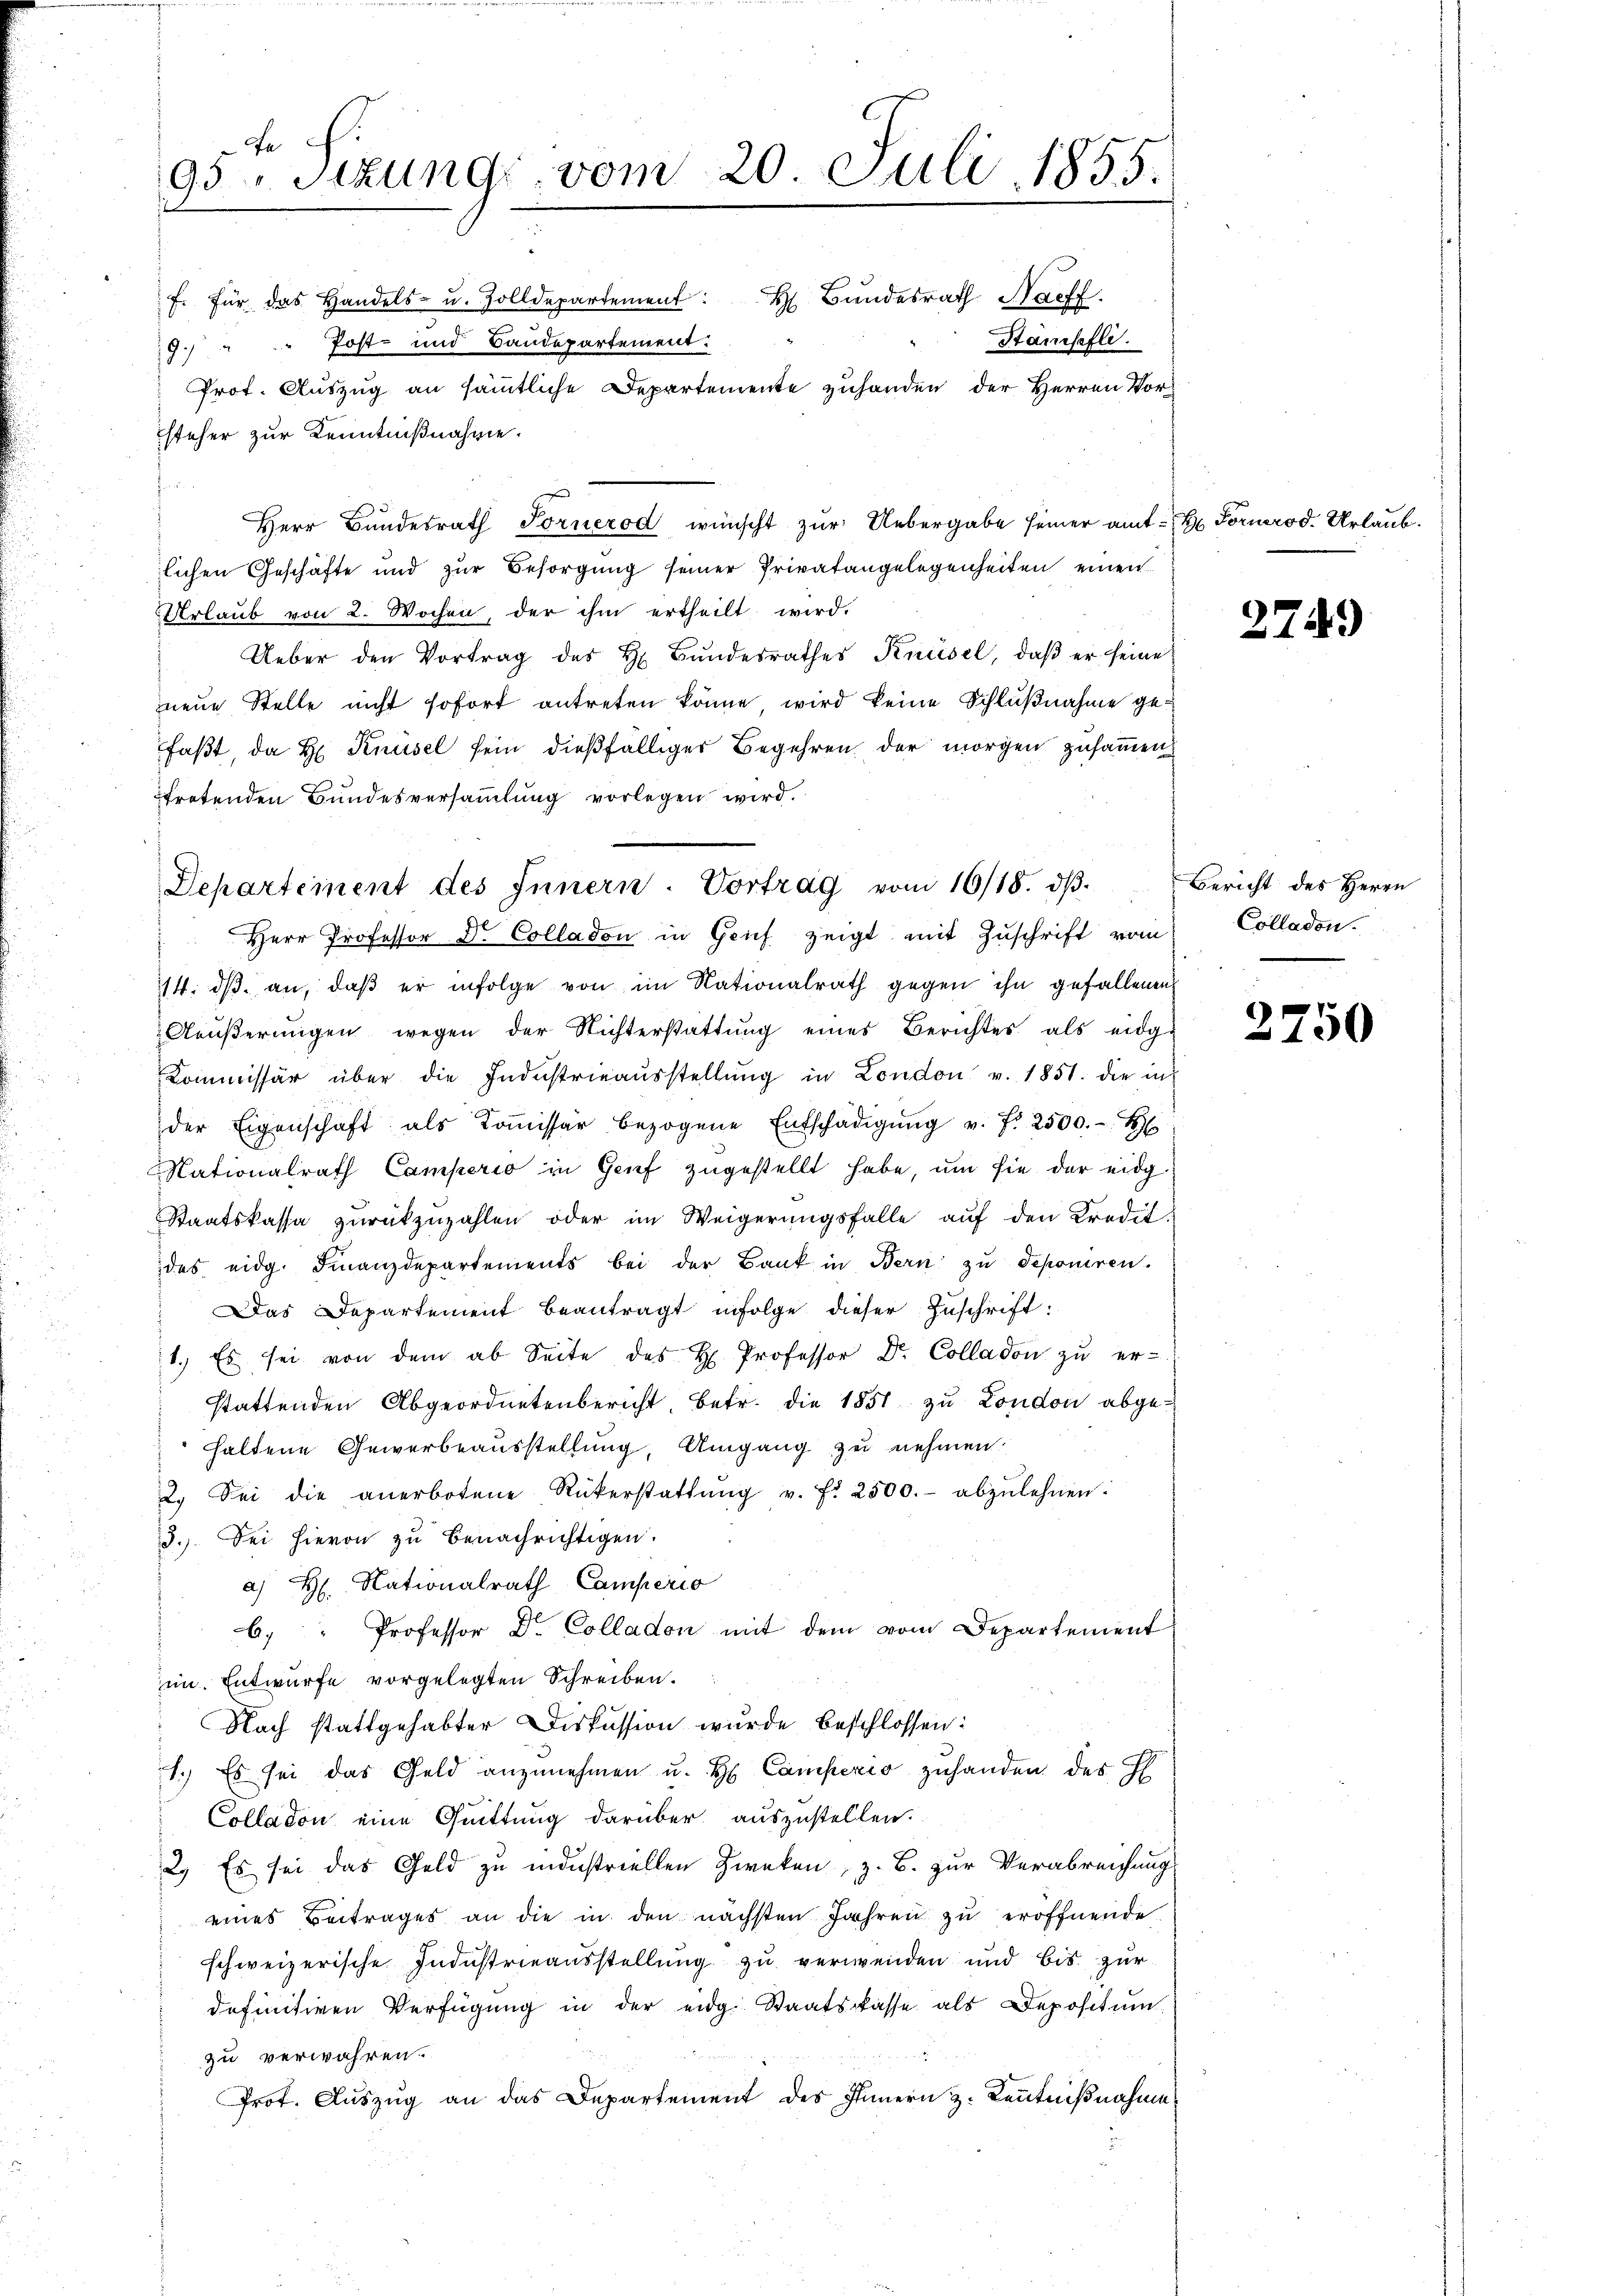
Fa
95 Sizung vom 20. Juli 1855.

f. für das Handels- u. Zolldepartement: H Bŭndesrath Naeff.
Hansefli
9.) " " Post- und Baudepartement.
Prot. Auszug an sämmtliche Departemente zuhanden der Herren Vorsteher zur Kenntnißnahme.
r
Herr Bundesrath Fornerod wünscht zur Uebergabe seiner amt Fornerod. Urlaub.
lichen Geschäfte und zŭr Besorgung seiner Privatangelegenheiten einen
Urlaŭb von 2. Wochen, der ihm ertheilt wird.
Ueber den Vortrag des H. Bŭndesrathes Knüsel, daβ er seine
neue Stelle nicht sofort antreten könne, wird keine Schlußnahme gefaßt, da H Knüsel sein dießfälliger Begehren der morgen zusammen.
tretenden Bundesversammlung vorlegen wird.
Herr Professor Dr. Colladon in Geif zeigt mit Zuschrift vom
14. dβ an, daß er infolge von im Nationalrath gegen ihn gefallenen
Aeŭβerŭngen wegen der Nichterstattŭng eines Berichtes als eidge
Kommissär über die Industrieaŭsstellŭng in London v. 1851. die in
der Eigenschaft als Koṁissär bezogene Entschädigŭng v. fr. 2500. H
Nationalrath Camperio in Genf zugestellt habe, um sie der eidg
Staatskassa zŭrückzuzahlen oder im Weigerŭngsfalle aŭf den Kredit.
das eidg. Finanzdepartements bei der Bank in Bern zŭ deponiren.
Das Departement beantragt infolge dieser Zuschrift:
1.) Es sei von dem ab Seite des H. Professor Dr. Colladon zŭ er-
stattenden Abgeordnetenbericht betr. die 1851 zu London abgehaltene Gewerbeausstellung, Umgang zu nehmen.
2. Sei die anerbotene Rükerstattŭng v. fr. 2500.- abzulehnen:
3.) Sei hievon zu benachrichtigen.
a) H Nationalrath Camperio
6. " Professor Dr. Colladon mit dem vom Departement
im. Entwurfe vorgelegten Schreiben.
Nach stattgehabter Diskussion wurde beschlossen:
1.) Es sei das Geld anzunehmen u. H. Camperio zuhanden des H
Colladon eine Quittung darüber auszustellen.
2. Es sei das Geld zu industriellen Zweken, z. B. zur Verabreichung
eines Beitrages an die in den nächsten Jahren zu eröffnende
schweizerische Industrieausstellung zu verwenden und bis zur
definitiven Verfügung in der eidg. Staatskasse als Depositum
zu verwahren.
Prot. Auszug an das Departement des Innern z. Kenntnißnahme

Departement des Innern. Vortrag vom 16/18. dβ.

2749

Bericht des Herrn
Colladon.

2750